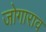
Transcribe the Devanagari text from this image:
जोगाराव